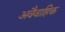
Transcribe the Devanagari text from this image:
अवैवाहिक